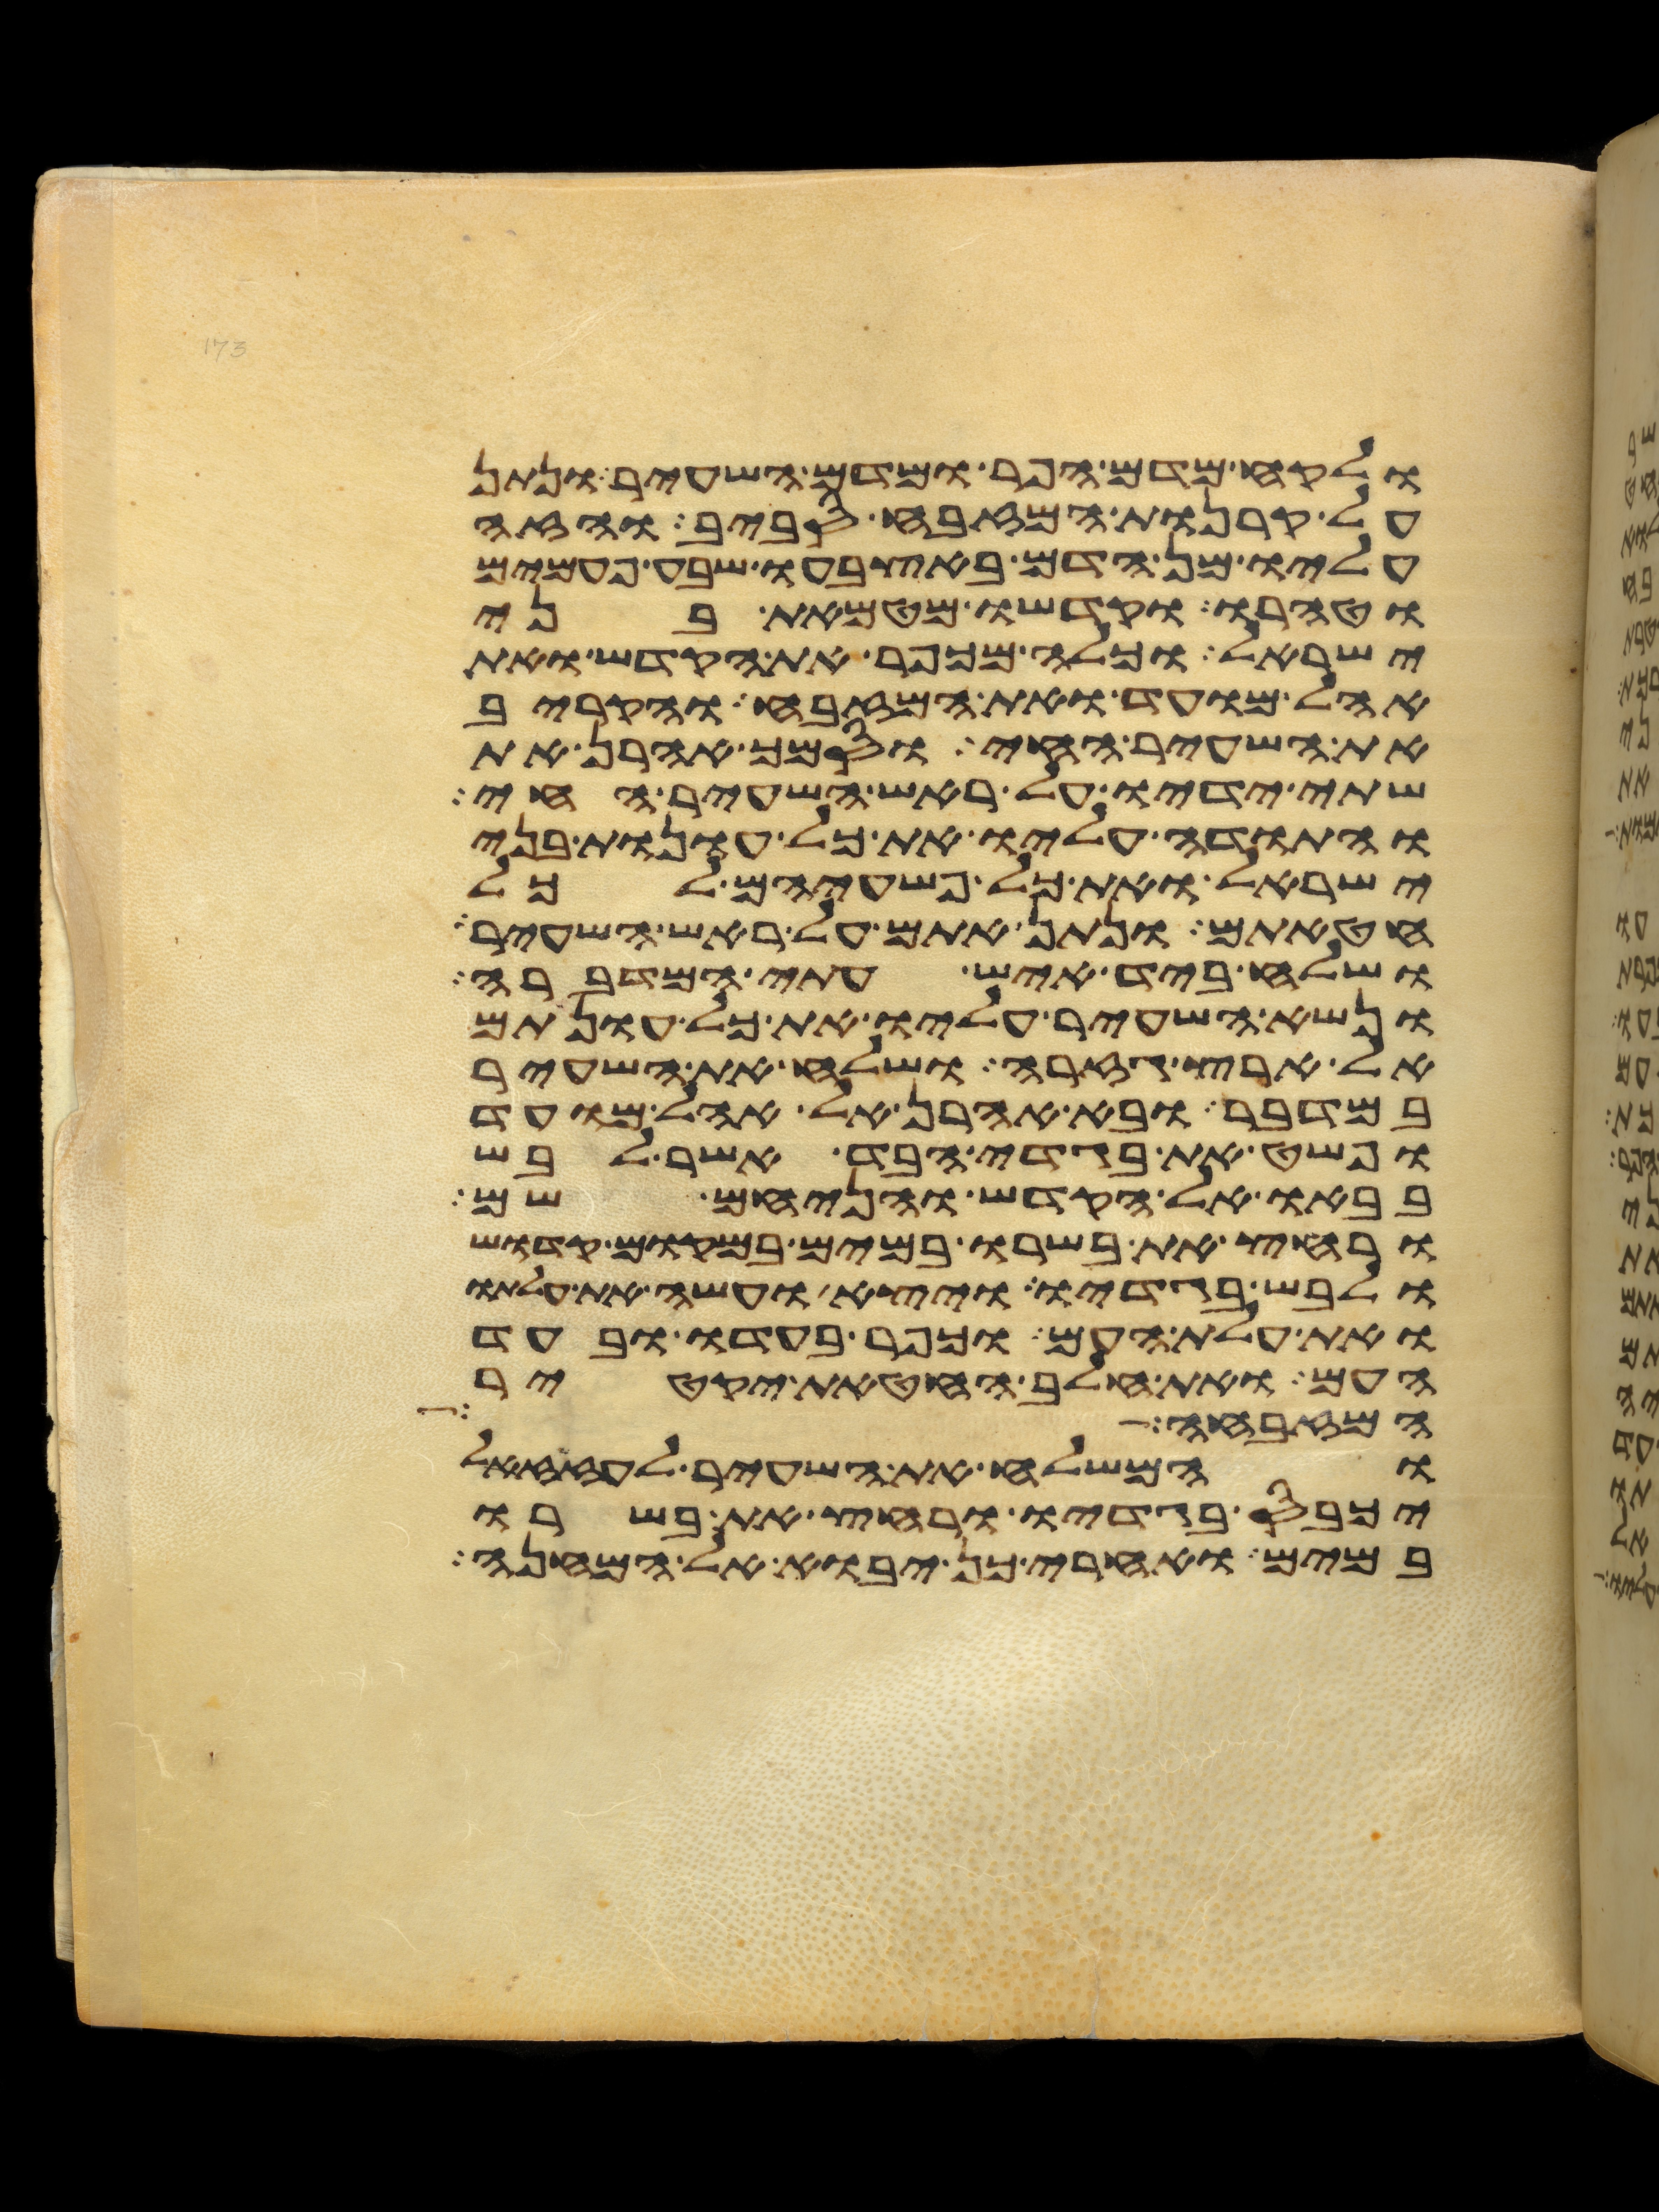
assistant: ולקח מדם הפר ומדם השעיר ונתן
על קרנות המזבח סביב והזה
עליו מן הדם באצבעו שבע פעמים
וטהרו וקדשו מטמאת בני
ישראל וכלה מכפר את הקדש ואת
אהל מועד ואת המזבח והקריב
את השעיר החי וסמך אהרן את
שתי ידיו על ראש השעיר החי
והתודה עליו את כל עונות בני
ישראל ואת כל פשעיהם לכל
חטאתם ונתן אתם על ראש השעיר
ושלח ביד איש עתי המדברה
ונשא השעיר עליו את כל עונתם
אל ארץ גזרה ושלח את השעיר
במדבר ובא אהרן אל אהל מועד
ופשט את בגדי הבד אשר לבש
בבאו אל הקדש והניחם שם
ורחץ את בשרו במים במקום קדוש
ולבש בגדיו ויצא ועשה את עלתו
ואת עלת העם וכפר בעדו ובעד
העם ואת חלב החטאת יקטיר
המזבחה
והמשלח את השעיר לעזזאל
יכבס בגדיו ורחץ את בשרו
במים ואחרי כן יבוא אל המחנה